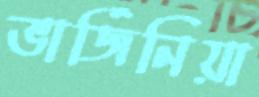
ভার্জিনিয়া